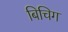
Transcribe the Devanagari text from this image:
बिचिग